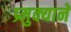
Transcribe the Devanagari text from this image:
प्र्मुक्याने